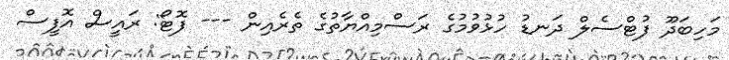
މަހިބަދޫ ފުޓްސެލް ދަނޑު ހުޅުވުމުގެ ރަސްމިއްޔާތުގެ ތެރެއިން --- ފޮޓޯ: ރައީސް އޮފީސް